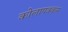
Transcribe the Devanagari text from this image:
कोलापक्कम